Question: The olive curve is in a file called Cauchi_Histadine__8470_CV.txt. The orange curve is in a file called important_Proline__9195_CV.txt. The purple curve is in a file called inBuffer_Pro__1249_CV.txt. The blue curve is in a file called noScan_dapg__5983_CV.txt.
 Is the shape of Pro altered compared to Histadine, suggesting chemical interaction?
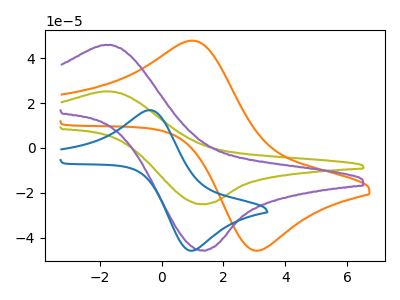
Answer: <think>The olive curve "Histadine" has an anodic peak at (-1.65V, 25.25uA) and a cathodic peak at (1.30V, -25.10uA). The orange curve "Proline" has an anodic peak at (1.00V, 47.90uA) and a cathodic peak at (3.05V, -45.85uA). The purple curve "Pro" has an anodic peak at (-1.65V, 46.00uA) and a cathodic peak at (1.30V, -45.75uA). The blue curve "dapg" has an anodic peak at (-0.40V, 16.90uA) and a cathodic peak at (1.05V, -45.75uA).
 All the peaks in "Pro" have a peak in "Histadine" at the same potential. Every peak in "Pro" is higher than every peak in "Histadine".</think>
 <answer>No, "Pro" and "Histadine" don't appear to be significantly different in shape</answer>
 <eval>no_change</eval>